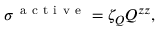
\sigma ^ { \mathrm { ~ a ~ c ~ t ~ i ~ v ~ e ~ } } = \zeta _ { Q } Q ^ { z z } ,